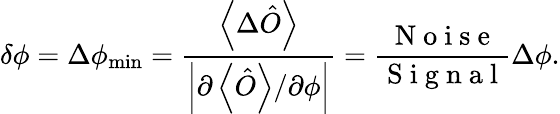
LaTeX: \delta\phi=\Delta\phi_{\operatorname*{min}}=\frac{\left\langle\Delta\hat{O}\right\rangle}{\left\vert\partial\left\langle\hat{O}\right\rangle/\partial\phi\right\vert}=\frac{\mathrm{~N~o~i~s~e~}}{\mathrm{~S~i~g~n~a~l~}}\Delta\phi.